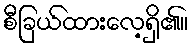
စီခြယ်ထားလေ့ရှိ၏။